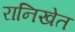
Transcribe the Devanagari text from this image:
रानिखेत